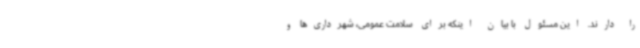
را دارند. این مسئول با بیان اینکه برای سلامت عمومی، شهرداری‌ها و